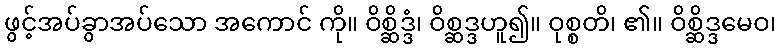
ဖွင့်အပ်ခွာအပ်သော အကောင် ကို။ ဝိစ္ဆိဒ္ဒံ၊ ဝိစ္ဆဒ္ဒဟူ၍။ ဝုစ္စတိ၊ ၏။ ဝိစ္ဆိဒ္ဒမေဝ၊